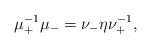
LaTeX: \begin{align*}\mu^{-1}_+ \mu_- = \nu_- \eta \nu_+^{-1}, \end{align*}